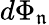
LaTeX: d\Phi_{\mathfrak{n}}